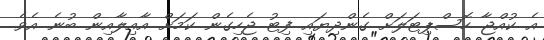
އެ ކުއްޖާ ހޮސްޕިޓަލަށް ގެންދިޔައި ފިޓު ޖެހިގެން ކަމަށް އާއިލާއިން ބުނެ އެވެ.